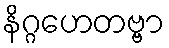
နိဂ္ဂဟေတဗ္ဗာ